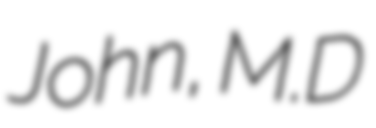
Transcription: John, M.D